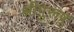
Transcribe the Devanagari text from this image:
श्रीपुरूष